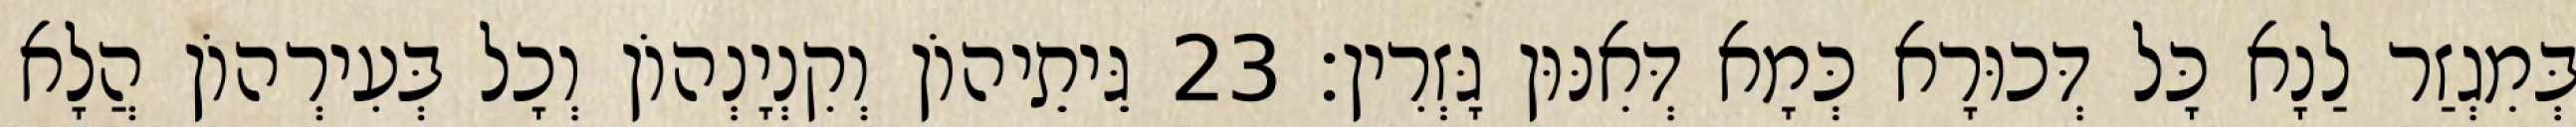
בְּמִגְזַר לַנָא כָּל דְּכוּרָא כְּמָא דְּאִנּוּן גָּזְרִין׃ 23 גֵּיתֵיהוֹן וְקִנְיָנְהוֹן וְכָל בְּעִירְהוֹן הֲלָא